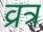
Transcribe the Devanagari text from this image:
व्रत्र